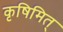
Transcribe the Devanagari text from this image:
कृषिमित्